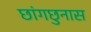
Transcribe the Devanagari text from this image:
छांगछुनास